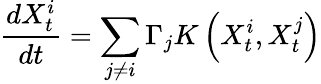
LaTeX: \frac{dX_{t}^{i}}{dt}=\sum_{j\neq i}\Gamma_{j}K\left(X_{t}^{i},X_{t}^{j}\right)